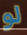
لو